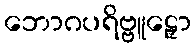
ဘောဂပရိဗ္ဗူဠှော